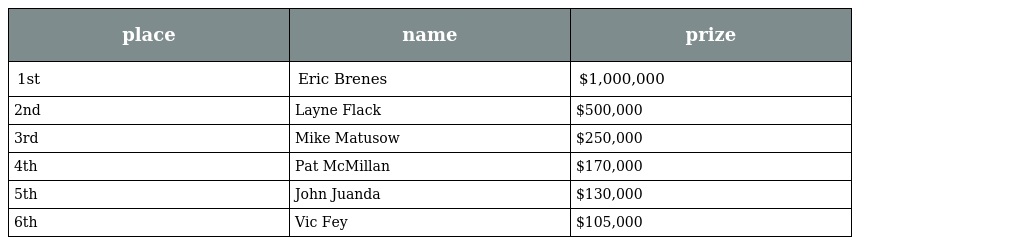
| place | name | prize |
 | --- | --- | --- |
 | 1st | Eric Brenes | $1,000,000 |
 | 2nd | Layne Flack | $500,000 |
 | 3rd | Mike Matusow | $250,000 |
 | 4th | Pat McMillan | $170,000 |
 | 5th | John Juanda | $130,000 |
 | 6th | Vic Fey | $105,000 |